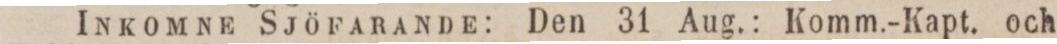
Inkomne Sjöfarande: Den 31 Aug.: Komm.-Kapt. och